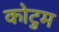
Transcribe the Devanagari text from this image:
कोटुम